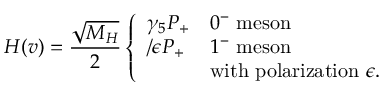
{ \cal H } ( v ) = \frac { \sqrt { M _ { H } } } { 2 } \left\{ \begin{array} { l l } { { \gamma _ { 5 } P _ { + } } } & { { 0 ^ { - } \mathrm { ~ m e s o n } } } \\ { { \slash { \epsilon } P _ { + } } } & { { 1 ^ { - } \mathrm { ~ m e s o n } } } \\ { { } } & { { \mathrm { w i t h ~ p o l a r i z a t i o n ~ } \epsilon . } } \end{array} \right.